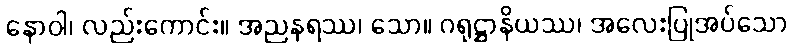
နောဝါ၊ လည်းကောင်း။ အညနရဿ၊ သော။ ဂရုဋ္ဌာနိယဿ၊ အလေးပြုအပ်သော